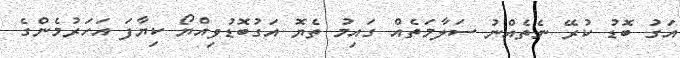
އަގު ބޮޑު ކުރޭ ނެތެއްނު ސަލާމަތެއް ގައިމު ތެޔޮ އަގުބޮޑުވިއްޔޯ ކިޔާފަ އަހަރުމެންގެ